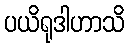
ပယိရုဒါဟာသိ